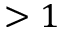
> 1